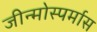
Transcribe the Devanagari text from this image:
जीन्मोस्पर्मास